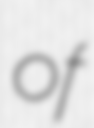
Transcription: of